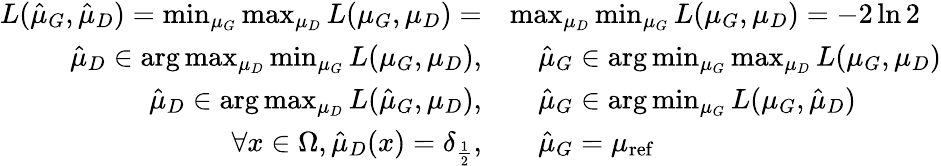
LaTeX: {\begin{array}{rl}{L({\hat{\mu}}_{G},{\hat{\mu}}_{D})=\operatorname*{min}_{\mu_{G}}\operatorname*{max}_{\mu_{D}}L(\mu_{G},\mu_{D})=}&{\operatorname*{max}_{\mu_{D}}\operatorname*{min}_{\mu_{G}}L(\mu_{G},\mu_{D})=-2\ln 2}\\ {{\hat{\mu}}_{D}\in\arg\operatorname*{max}_{\mu_{D}}\operatorname*{min}_{\mu_{G}}L(\mu_{G},\mu_{D}),}&{\quad{\hat{\mu}}_{G}\in\arg\operatorname*{min}_{\mu_{G}}\operatorname*{max}_{\mu_{D}}L(\mu_{G},\mu_{D})}\\ {{\hat{\mu}}_{D}\in\arg\operatorname*{max}_{\mu_{D}}L({\hat{\mu}}_{G},\mu_{D}),}&{\quad{\hat{\mu}}_{G}\in\arg\operatorname*{min}_{\mu_{G}}L(\mu_{G},{\hat{\mu}}_{D})}\\ {\forall x\in\Omega,{\hat{\mu}}_{D}(x)=\delta_{\frac{1}{2}},}&{\quad{\hat{\mu}}_{G}=\mu_{\mathrm{ref}}}\end{array}}